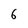
Character: 6